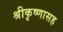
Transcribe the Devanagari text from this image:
श्रीकृष्णासह